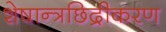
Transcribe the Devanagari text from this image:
शेषान्त्रछिद्रीकरण